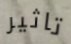
تاثير